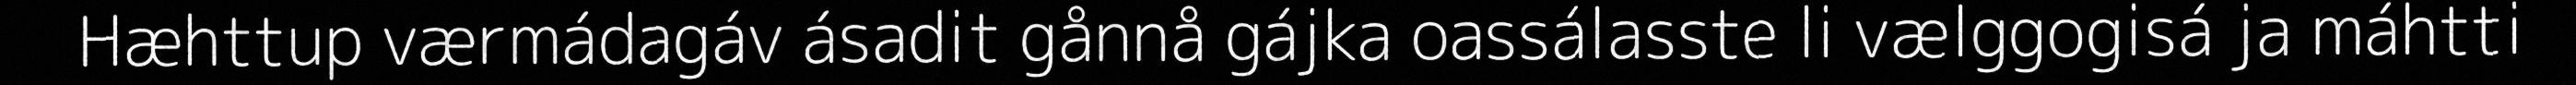
Hæhttup værmádagáv ásadit gånnå gájka oassálasste li vælggogisá ja máhtti